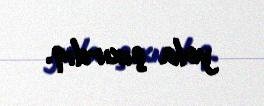
yola çıxırdıq.